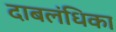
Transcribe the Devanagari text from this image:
दाबलंधिका